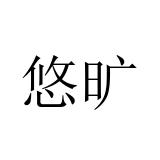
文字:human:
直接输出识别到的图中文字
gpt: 悠旷